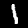
Label: 1